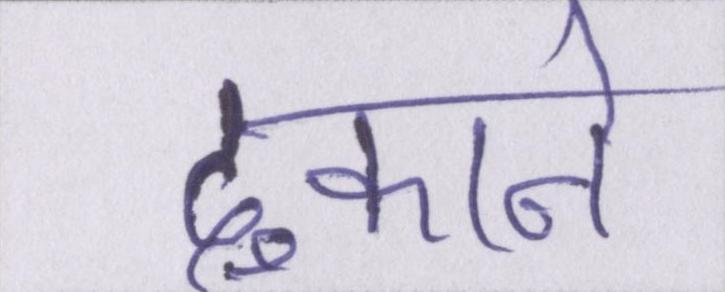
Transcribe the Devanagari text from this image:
दुकाने